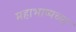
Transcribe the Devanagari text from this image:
महाभाष्यच्या